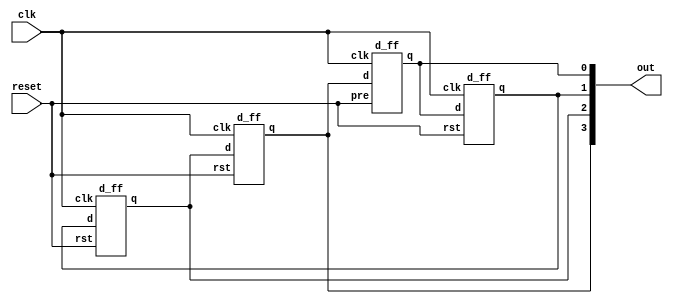
module ringCounter #(parameter N = 4)(
	input clk, reset,
	output [N-1:0]out
);

d_ff d0(.clk(clk), .d(out[N-1]), .pre(reset), .q(out[0]));

genvar i;
generate
	for(i = 1; i < N; i=i+1)begin:jCounter
		d_ff d1(.clk(clk), .d(out[i-1]), .rst(reset), .q(out[i]));
	end
endgenerate

endmodule

// D Flip Flop
module d_ff (
    output reg q,
    input d,clk,rst,pre
);

always @(posedge clk, posedge rst, posedge pre) begin
	if(rst) q <= 1'b0;
	else if(pre) q <= 1'b1;
	else q <= d;
end
    
endmodule